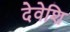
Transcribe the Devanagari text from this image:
देवेशि